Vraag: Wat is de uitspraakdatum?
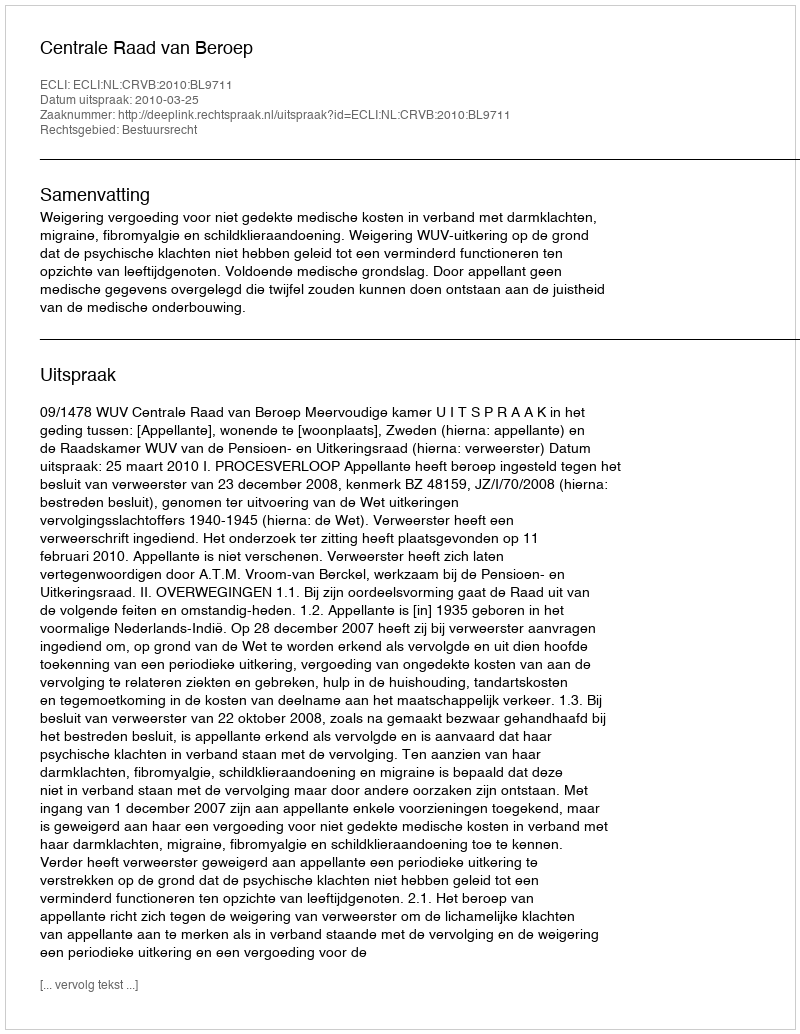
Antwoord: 2010-03-25